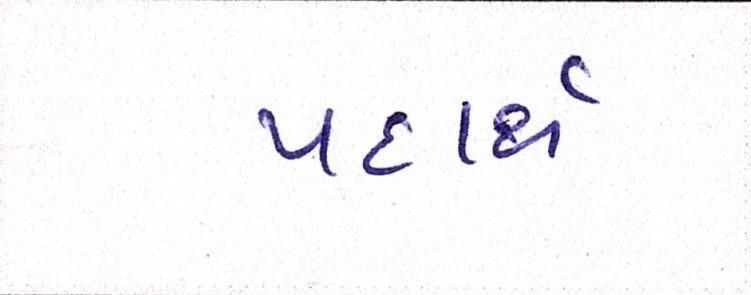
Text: પદાર્થ